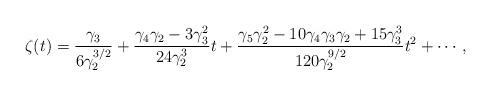
LaTeX: \begin{align*}\zeta(t)=\frac{\gamma_3}{6\gamma_2^{3/2} } + \frac{\gamma_4\gamma_2-3\gamma_3^2}{24\gamma_2^3}t+ \frac{\gamma_5\gamma_2^2-10\gamma_4\gamma_3\gamma_2 + 15\gamma_3^3}{120\gamma_2^{9/2}}t^2 + \cdots, \end{align*}